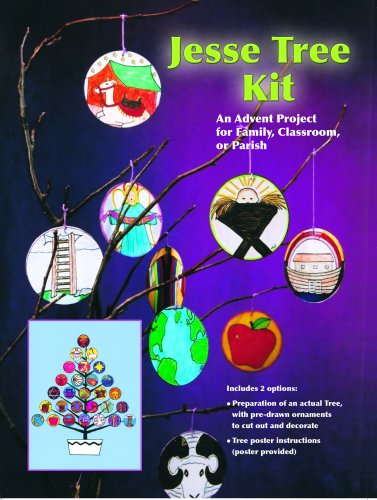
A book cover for The Jesse Tree Kit *; Lynn M. Simms; Children's Books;